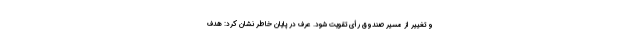
و تغییر از مسیر صندوق رأی تقویت شود. عرف در پایان خاطر نشان کرد: هدف